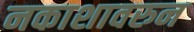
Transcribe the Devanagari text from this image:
नकाशावरुन